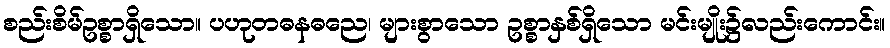
စည်းစိမ်ဥစ္စာရှိသော။ ပဟုတဓနဓညေ၊ များစွာသော ဥစ္စာနှစ်ရှိသော မင်းမျိုး၌လည်းကောင်း။